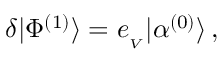
\delta | \Phi ^ { ( 1 ) } \rangle = e _ { _ V } | \alpha ^ { ( 0 ) } \rangle \, ,